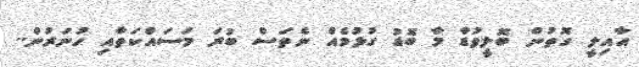
އާއިލީ ގޮތުން ބޮލީވުޑާ މާ ބޮޑު ގުޅުމެއް ނެތަސް ބުރަ މަސައްކަތާއި ހުނަރުން..